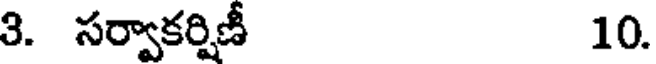
3. సర్వాకర్షిణీ 10.